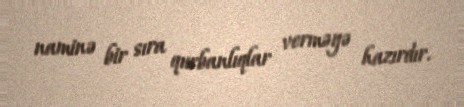
naminə bir sıra qurbanlıqlar verməyə hazırdır.